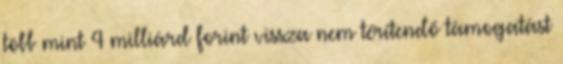
több mint 4 milliárd forint vissza nem térítendő támogatást